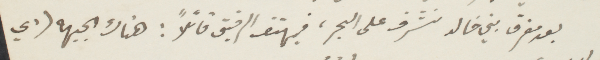
بعد مفرق بني خالد نشرف على البحر، فيهتف الرفيق قائلًا: هناك الجبهه (أي